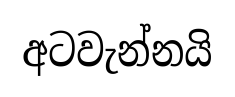
අටවැන්නයි